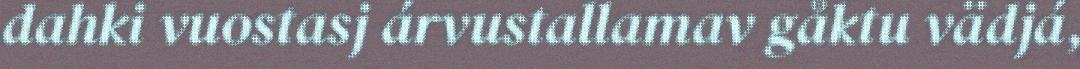
dahki vuostasj árvustallamav gåktu vädjá,